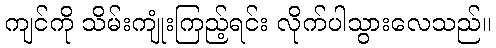
ကျင်ကို သိမ်းကျုံးကြည့်ရင်း လိုက်ပါသွားလေသည်။